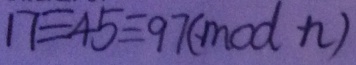
1 7 \equiv 4 5 \equiv 9 7 ( m o d n )